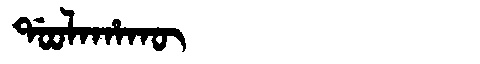
Manchu: ᡩᠣᠣᠯᠠᡥᠠᡴᡡ
Romanization: DOOLAHAKŪ